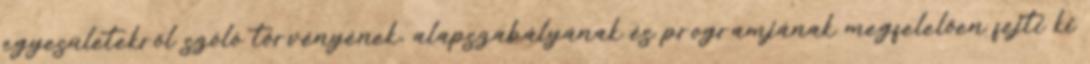
egyesületekről szóló törvényének, alapszabályának és programjának megfelelően fejti ki